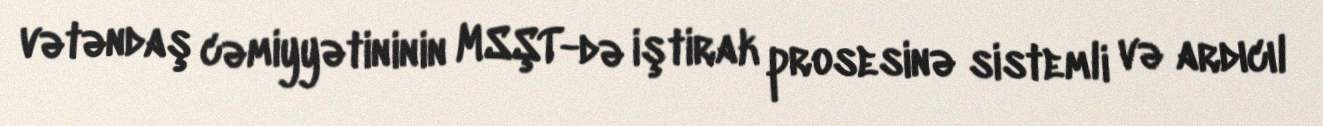
vətəndaş cəmiyyətininin MSŞT-də iştirak prosesinə sistemli və ardıcıl